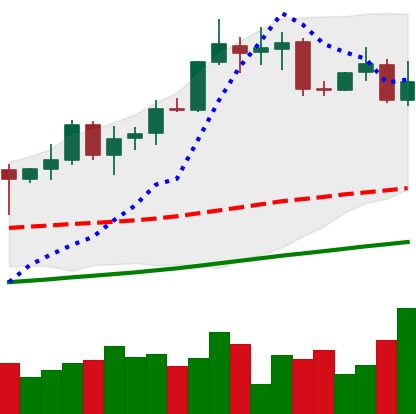
Ticker: XMR-USD
Chart end date: 2020-10-21
Forward return: 8.434%
Label: up_7plus